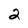
Character: 2